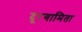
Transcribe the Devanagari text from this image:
दूरगामिता